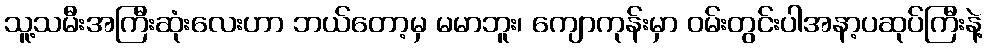
သူ့သမီးအကြီးဆုံးလေးဟာ ဘယ်တော့မှ မမာဘူး၊ ကျောကုန်းမှာ ဝမ်းတွင်းပါအနာ့ပဆုပ်ကြီးနဲ့